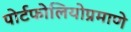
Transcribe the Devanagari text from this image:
पोर्टफोलियोप्रमाणे